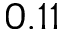
0 . 1 1